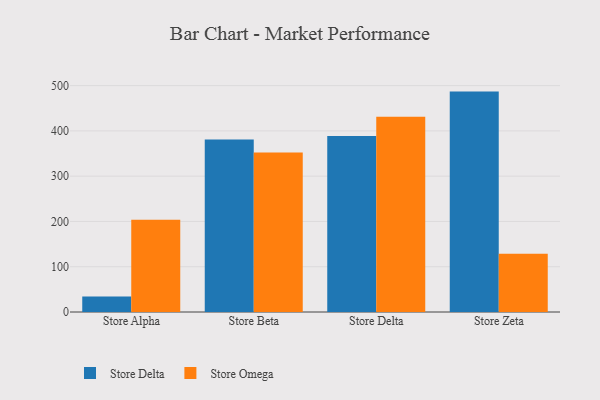
{"axis": {"x": "Store", "y": "Headcount"}, "legend": ["Store Delta", "Store Omega"], "data": [{"x": "Store Alpha", "y": 34.2, "type": "Store Delta"}, {"x": "Store Alpha", "y": 203.6, "type": "Store Omega"}, {"x": "Store Beta", "y": 380.8, "type": "Store Delta"}, {"x": "Store Beta", "y": 352.4, "type": "Store Omega"}, {"x": "Store Delta", "y": 388.6, "type": "Store Delta"}, {"x": "Store Delta", "y": 431.3, "type": "Store Omega"}, {"x": "Store Zeta", "y": 486.8, "type": "Store Delta"}, {"x": "Store Zeta", "y": 128.8, "type": "Store Omega"}]}